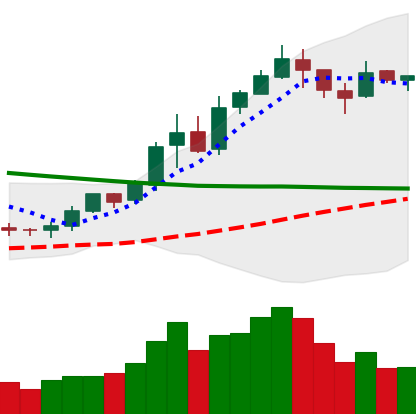
Ticker: BNB-USD
Chart end date: 2019-02-17
Forward return: 17.59%
Label: up_7plus